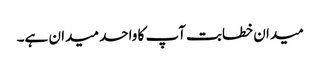
میدان خطابت آپ کا واحد میدان ہے۔